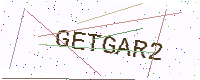
Text: GETGAR2